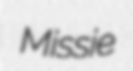
Missie